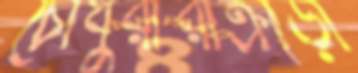
চৌধুরীরাক্রীড়া